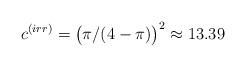
LaTeX: \begin{align*} c^{ (irr) } = \bigl( \pi / ( 4- \pi ) \bigr)^2 \approx 13.39\end{align*}